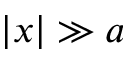
| x | \gg a